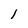
Character: l